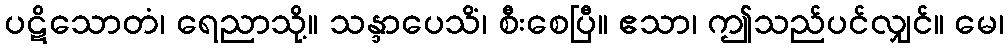
ပဋိသောတံ၊ ရေညာသို့။ သန္ဒာပေသိံ၊ စီးစေပြီ။ ဧသာ၊ ဤသည်ပင်လျှင်။ မေ၊